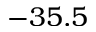
- 3 5 . 5